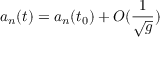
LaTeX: a _ { n } ( t ) = a _ { n } ( t _ { 0 } ) + O ( \frac { 1 } { \sqrt { g } } )